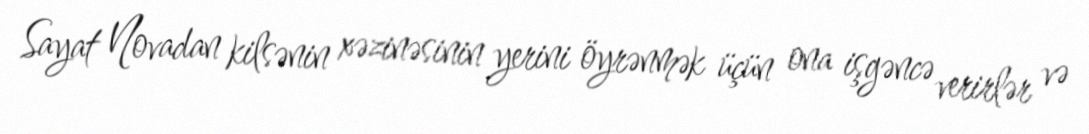
Sayat Novadan kilsənin xəzinəsinin yerini öyrənmək üçün ona işgəncə verirlər və